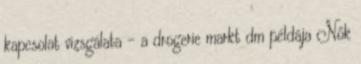
kapcsolat vizsgálata – a drogerie markt dm példája Nők